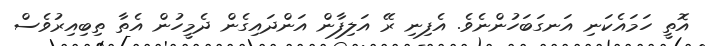
އޮތީ ހަމައެކަނި އަނގަބަހުންނެވެ. އެފިނި ރޭ އަލިފާން އަންދައިގެން ދެމީހުން އެތާ ތިބިއިރުވެސް